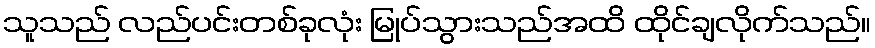
သူသည် လည်ပင်းတစ်ခုလုံး မြုပ်သွားသည်အထိ ထိုင်ချလိုက်သည်။